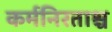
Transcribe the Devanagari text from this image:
कर्मनिरताश्च